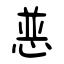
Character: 恶